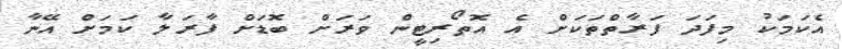
އެކަމަކު މިފަދަ ފަރާތްތަކަށް އެ އޮތޯރިޓީން ވަރަށް ބޮޑަށް ފާރަލާ ކަމަށް އޭނާ